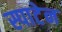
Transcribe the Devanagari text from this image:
स्पाटेन